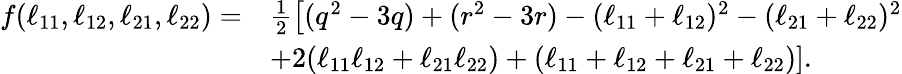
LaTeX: \begin{array}{rl}{f(\ell_{11},\ell_{12},\ell_{21},\ell_{22})=}&{\frac{1}{2}\left[(q^{2}-3q)+(r^{2}-3r)-(\ell_{11}+\ell_{12})^{2}-(\ell_{21}+\ell_{22})^{2}\right.}\\ &{\left.+2(\ell_{11}\ell_{12}+\ell_{21}\ell_{22})+(\ell_{11}+\ell_{12}+\ell_{21}+\ell_{22})\right].}\end{array}